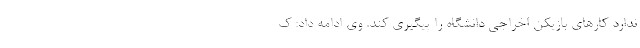
ندارد کارهای بازیکن اخراجی دانشگاه را پیگیری کند. وی ادامه داد: ک